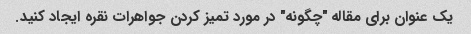
یک عنوان برای مقاله "چگونه" در مورد تمیز کردن جواهرات نقره ایجاد کنید.